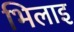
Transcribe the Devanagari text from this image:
भिलाइ